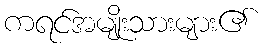
ကရင်အမျိုးသားများ၏